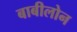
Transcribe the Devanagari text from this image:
बाबीलोन